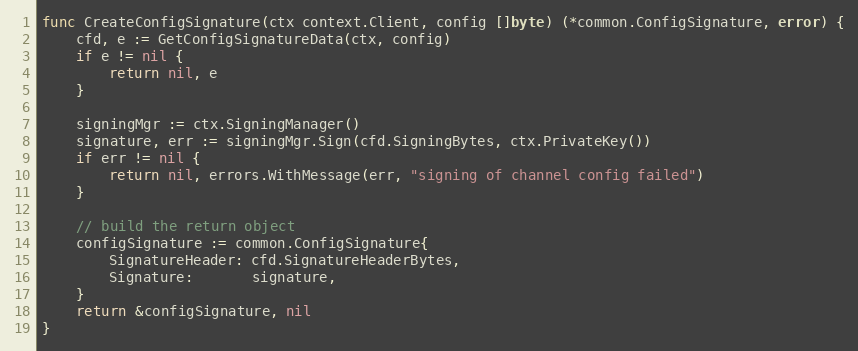
Language: Go
func CreateConfigSignature(ctx context.Client, config []byte) (*common.ConfigSignature, error) {
	cfd, e := GetConfigSignatureData(ctx, config)
	if e != nil {
		return nil, e
	}

	signingMgr := ctx.SigningManager()
	signature, err := signingMgr.Sign(cfd.SigningBytes, ctx.PrivateKey())
	if err != nil {
		return nil, errors.WithMessage(err, "signing of channel config failed")
	}

	// build the return object
	configSignature := common.ConfigSignature{
		SignatureHeader: cfd.SignatureHeaderBytes,
		Signature:       signature,
	}
	return &configSignature, nil
}